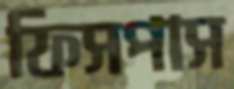
ফিসপাস